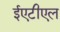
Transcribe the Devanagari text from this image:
ईएटीएल